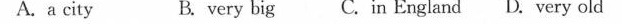
A.a cityB.very bigC.in EnglandD.very old